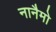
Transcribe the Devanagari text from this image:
नानैमो